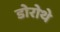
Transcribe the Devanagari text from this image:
डोरोथे